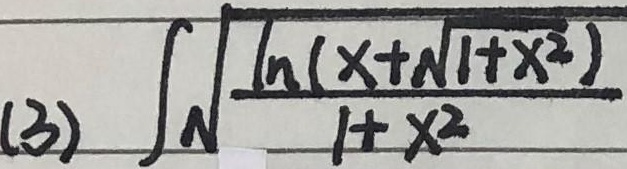
(3) \(\int\sqrt{\frac{\ln(x + \sqrt{1 + x^{2}})}{1 + x^{2}}}dx\)

这里原内容少了积分变量 \(dx\) ，为你补充完整。若你本意并非如此，可再向我说明。